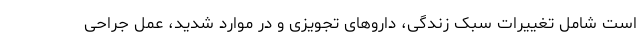
است شامل تغییرات سبک زندگی، داروهای تجویزی و در موارد شدید، عمل جراحی